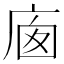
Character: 𢈣